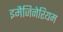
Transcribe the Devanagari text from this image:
इमैजिनेरियम